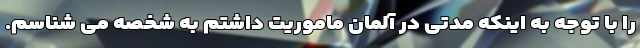
را با توجه به اینکه مدتی در آلمان ماموریت داشتم به شخصه می شناسم.